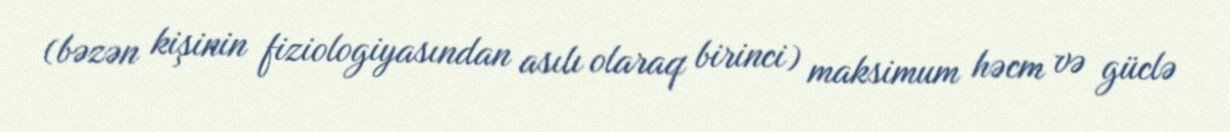
(bəzən kişinin fiziologiyasından asılı olaraq birinci) maksimum həcm və güclə